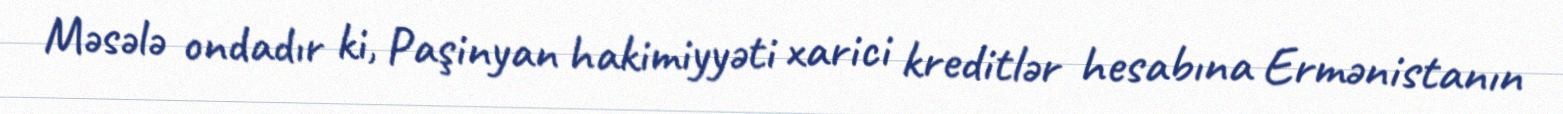
Məsələ ondadır ki, Paşinyan hakimiyyəti xarici kreditlər hesabına Ermənistanın